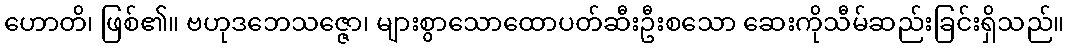
ဟောတိ၊ ဖြစ်၏။ ဗဟုဒဘေသဇ္ဇော၊ များစွာသောထောပတ်ဆီးဦးစသော ဆေးကိုသီမ်ဆည်းခြင်းရှိသည်။